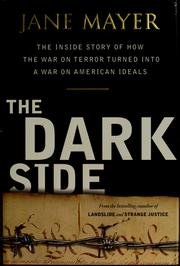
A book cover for The Dark Side: the Inside Story of How the War on Terror Turned Into a War on Am; Jane Mayer; Cookbooks, Food & Wine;